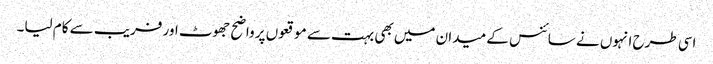
اسی طرح انہوں نے سائنس کے میدان میں بھی بہت سے موقعوں پر واضح جھوٹ اور فریب سے کام لیا۔